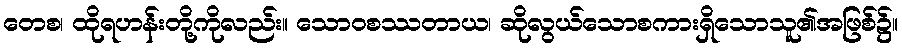
တေစ၊ ထိုရဟန်းတို့ကိုလည်း။ သောဝစဿတာယ၊ ဆိုလွယ်သောစကားရှိသောသူ၏အဖြစ်၌။